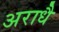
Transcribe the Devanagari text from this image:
अराधै